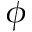
\phi